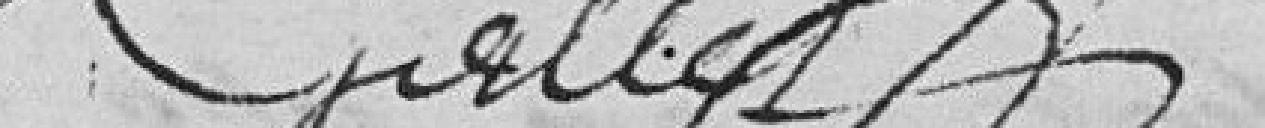
Gallet